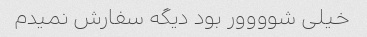
خیلی شوووور بود دیگه سفارش نمیدم